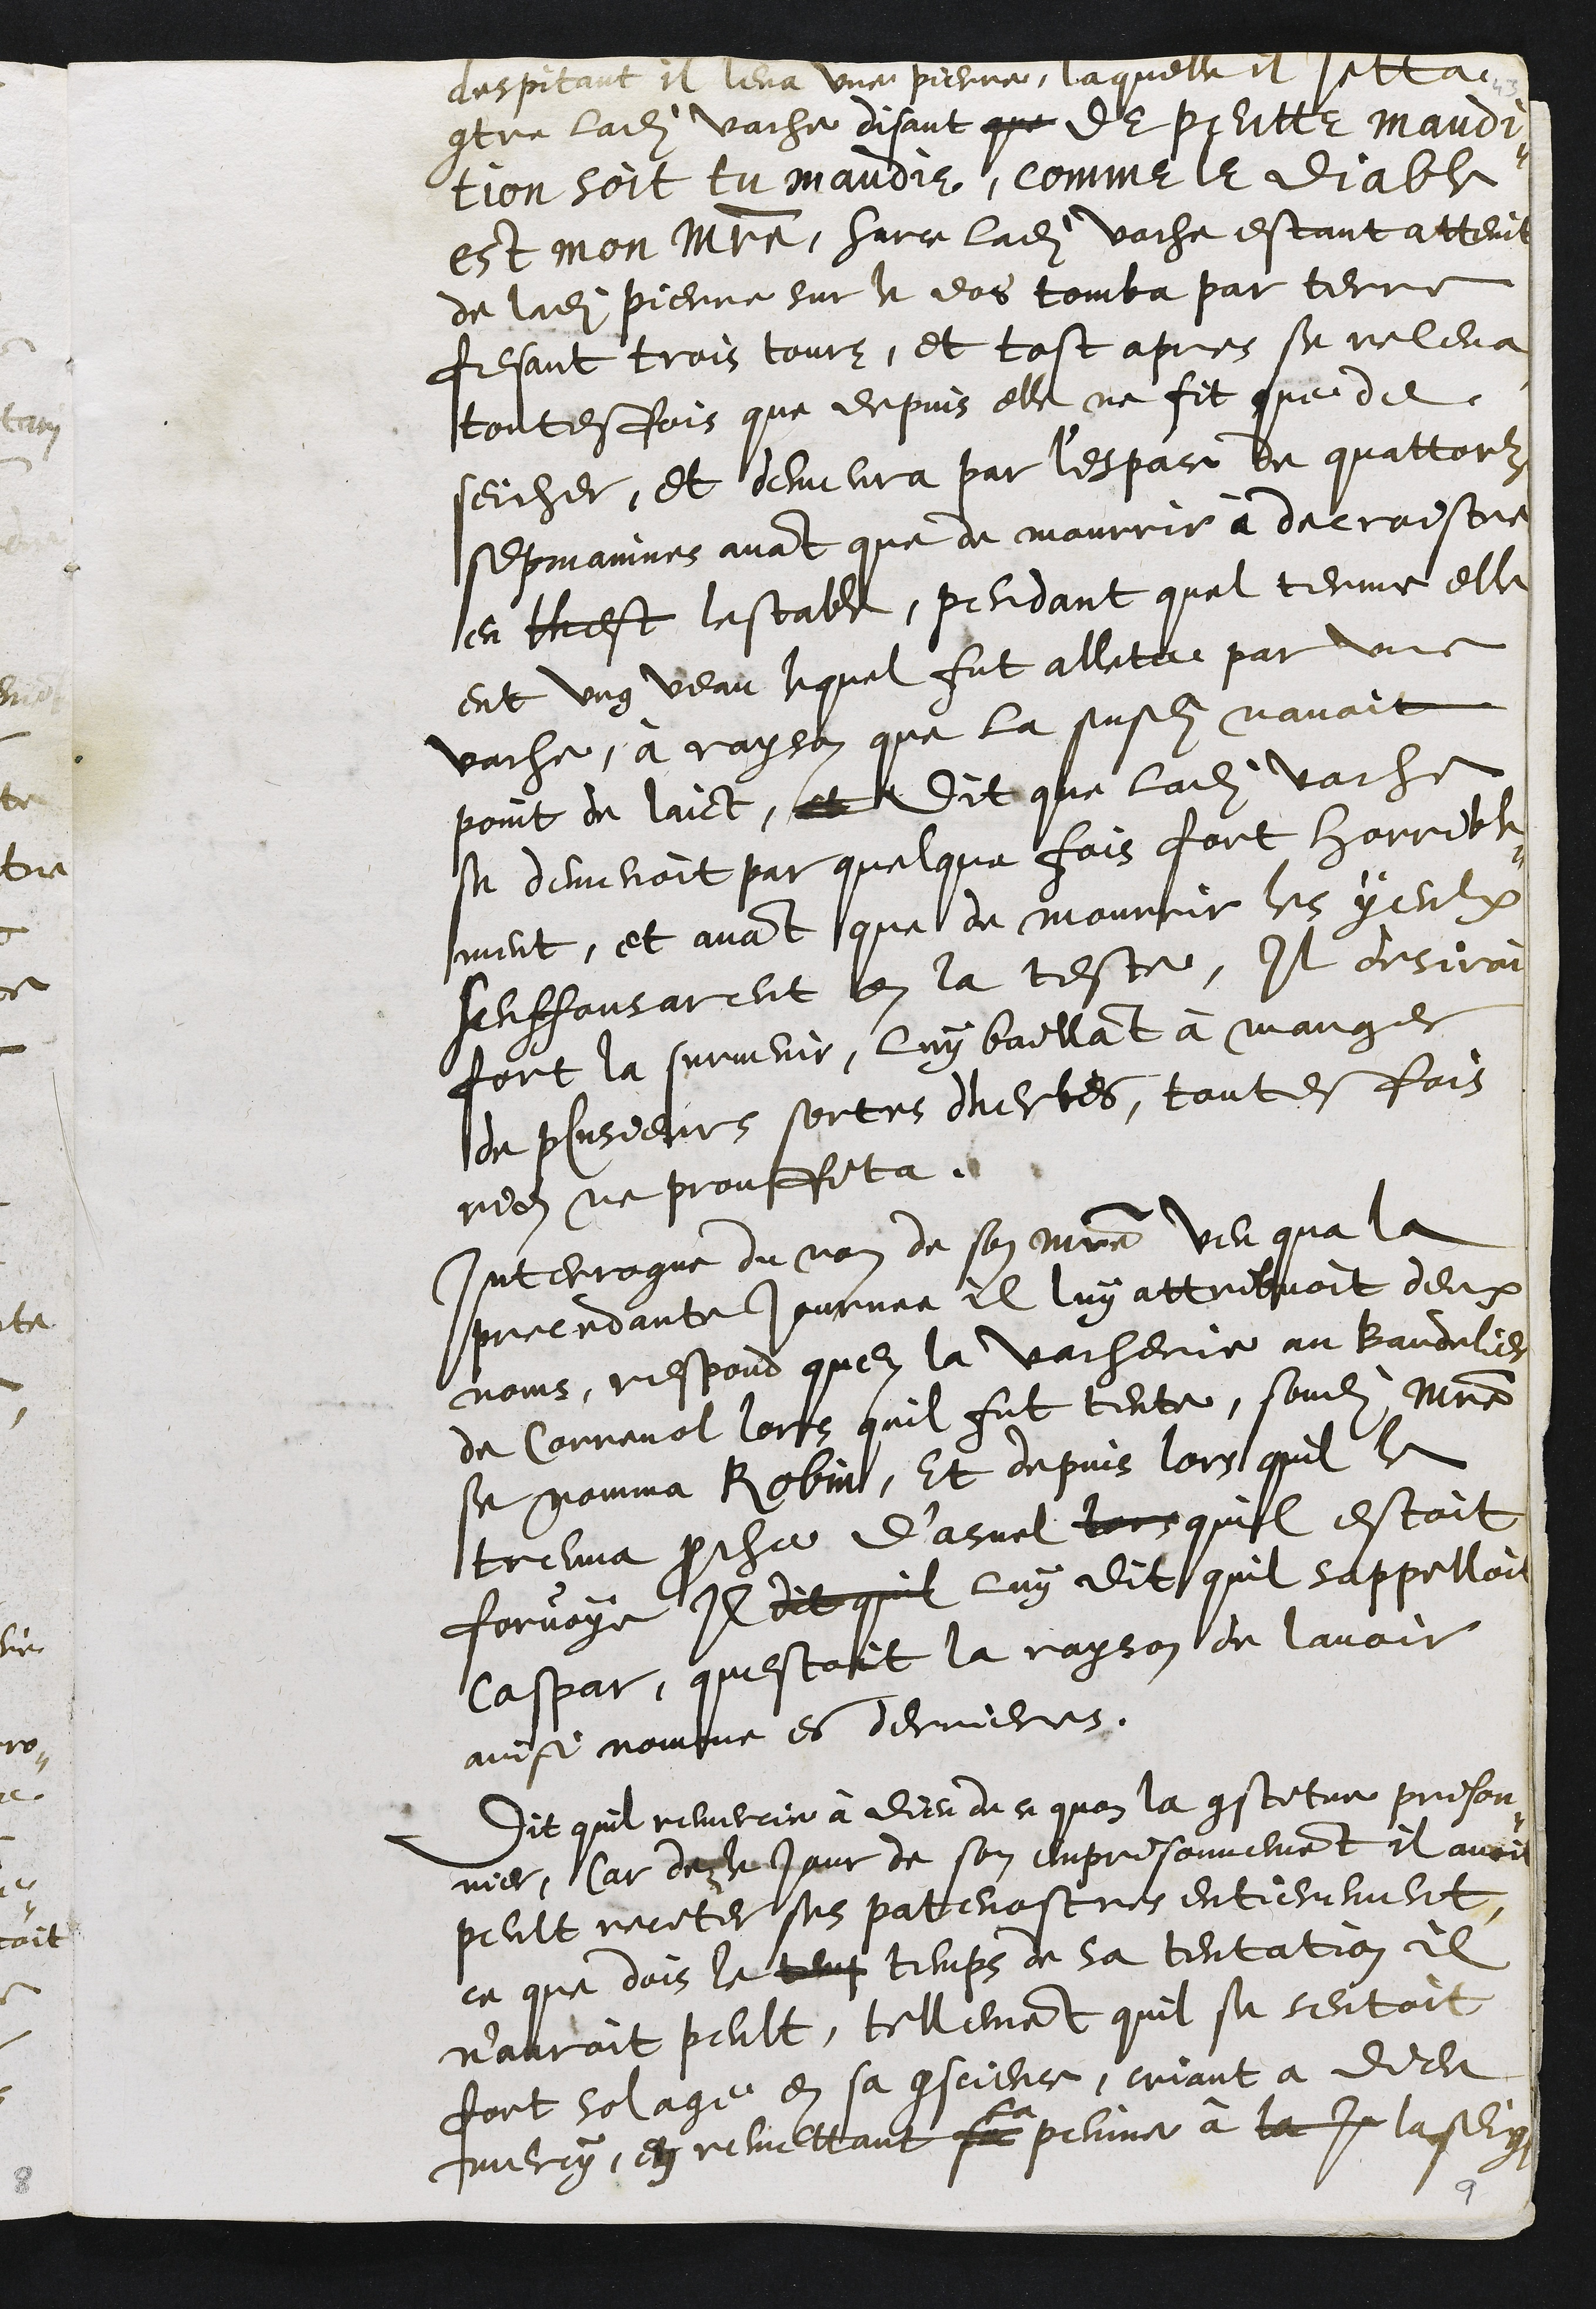
despitant il leva une pierre, laquelle il jetta
contre ladite vache disant que de peutte maudi¬
tion soit tu maudie, comme le diable
est mon Maistre, Surce ladite vache estant atteint
de ladite pierre sur le dos tomba par terre
fesant trois tours, et tost apres se releva
toutesfois que depuis elle ne fit que de
seicher, et demeura par l'espace de quattorze
sepmaines avant que de mourrir à decroistre
en lhest lestable, pendant quel terme elle
eut ung veau lequel fut allette par une
vache, à rayson que la susdites navoit
point de laict, et dit que ladite vache
se demenoit par quelque fois fort horrible¬
ment, et avant que de mourrir les yeulx
senffonsarent en la teste, Il desiroit
fort la survenir, luy baillant à manger
de plusieurs sortes dherbes, toutesfois
rien ne prouffita
Interrogue du nom de son maistre veu qua la
precedante journee il luy attribuoit deux
noms, respond quen la vacherie au bandelier
de Correnol lors quil fut tente, sondit maistre
se nomma Robin, Et depuis lors quil le
treuva proche d’asuel lors quil estoit
forvoye Il dit quil luy dit quil sappelloit
Caspar questoit la rayson de lavoir
ainsi nomme es dernieres.
Dit quil remercie à Dieu de ce quon la constitue prison¬
nier, Car dez le jour de son emprisonnement il avoit
peult reciter ses patenostres entierement
ce que dois le tenp temps de sa tentation il
n'auroit peult, tellement quil se sentoit
fort solage en sa conscience, criant a dieu
mercy, en remettant sa
la
peine à la j la seig